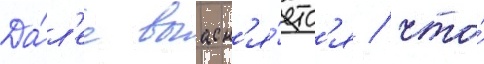
Да́л'ее выасн'я́етс'я / что́